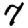
Digit: 7